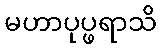
မဟာပုပ္ဖရာသိ